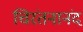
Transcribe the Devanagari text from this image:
चिरंतनानंद